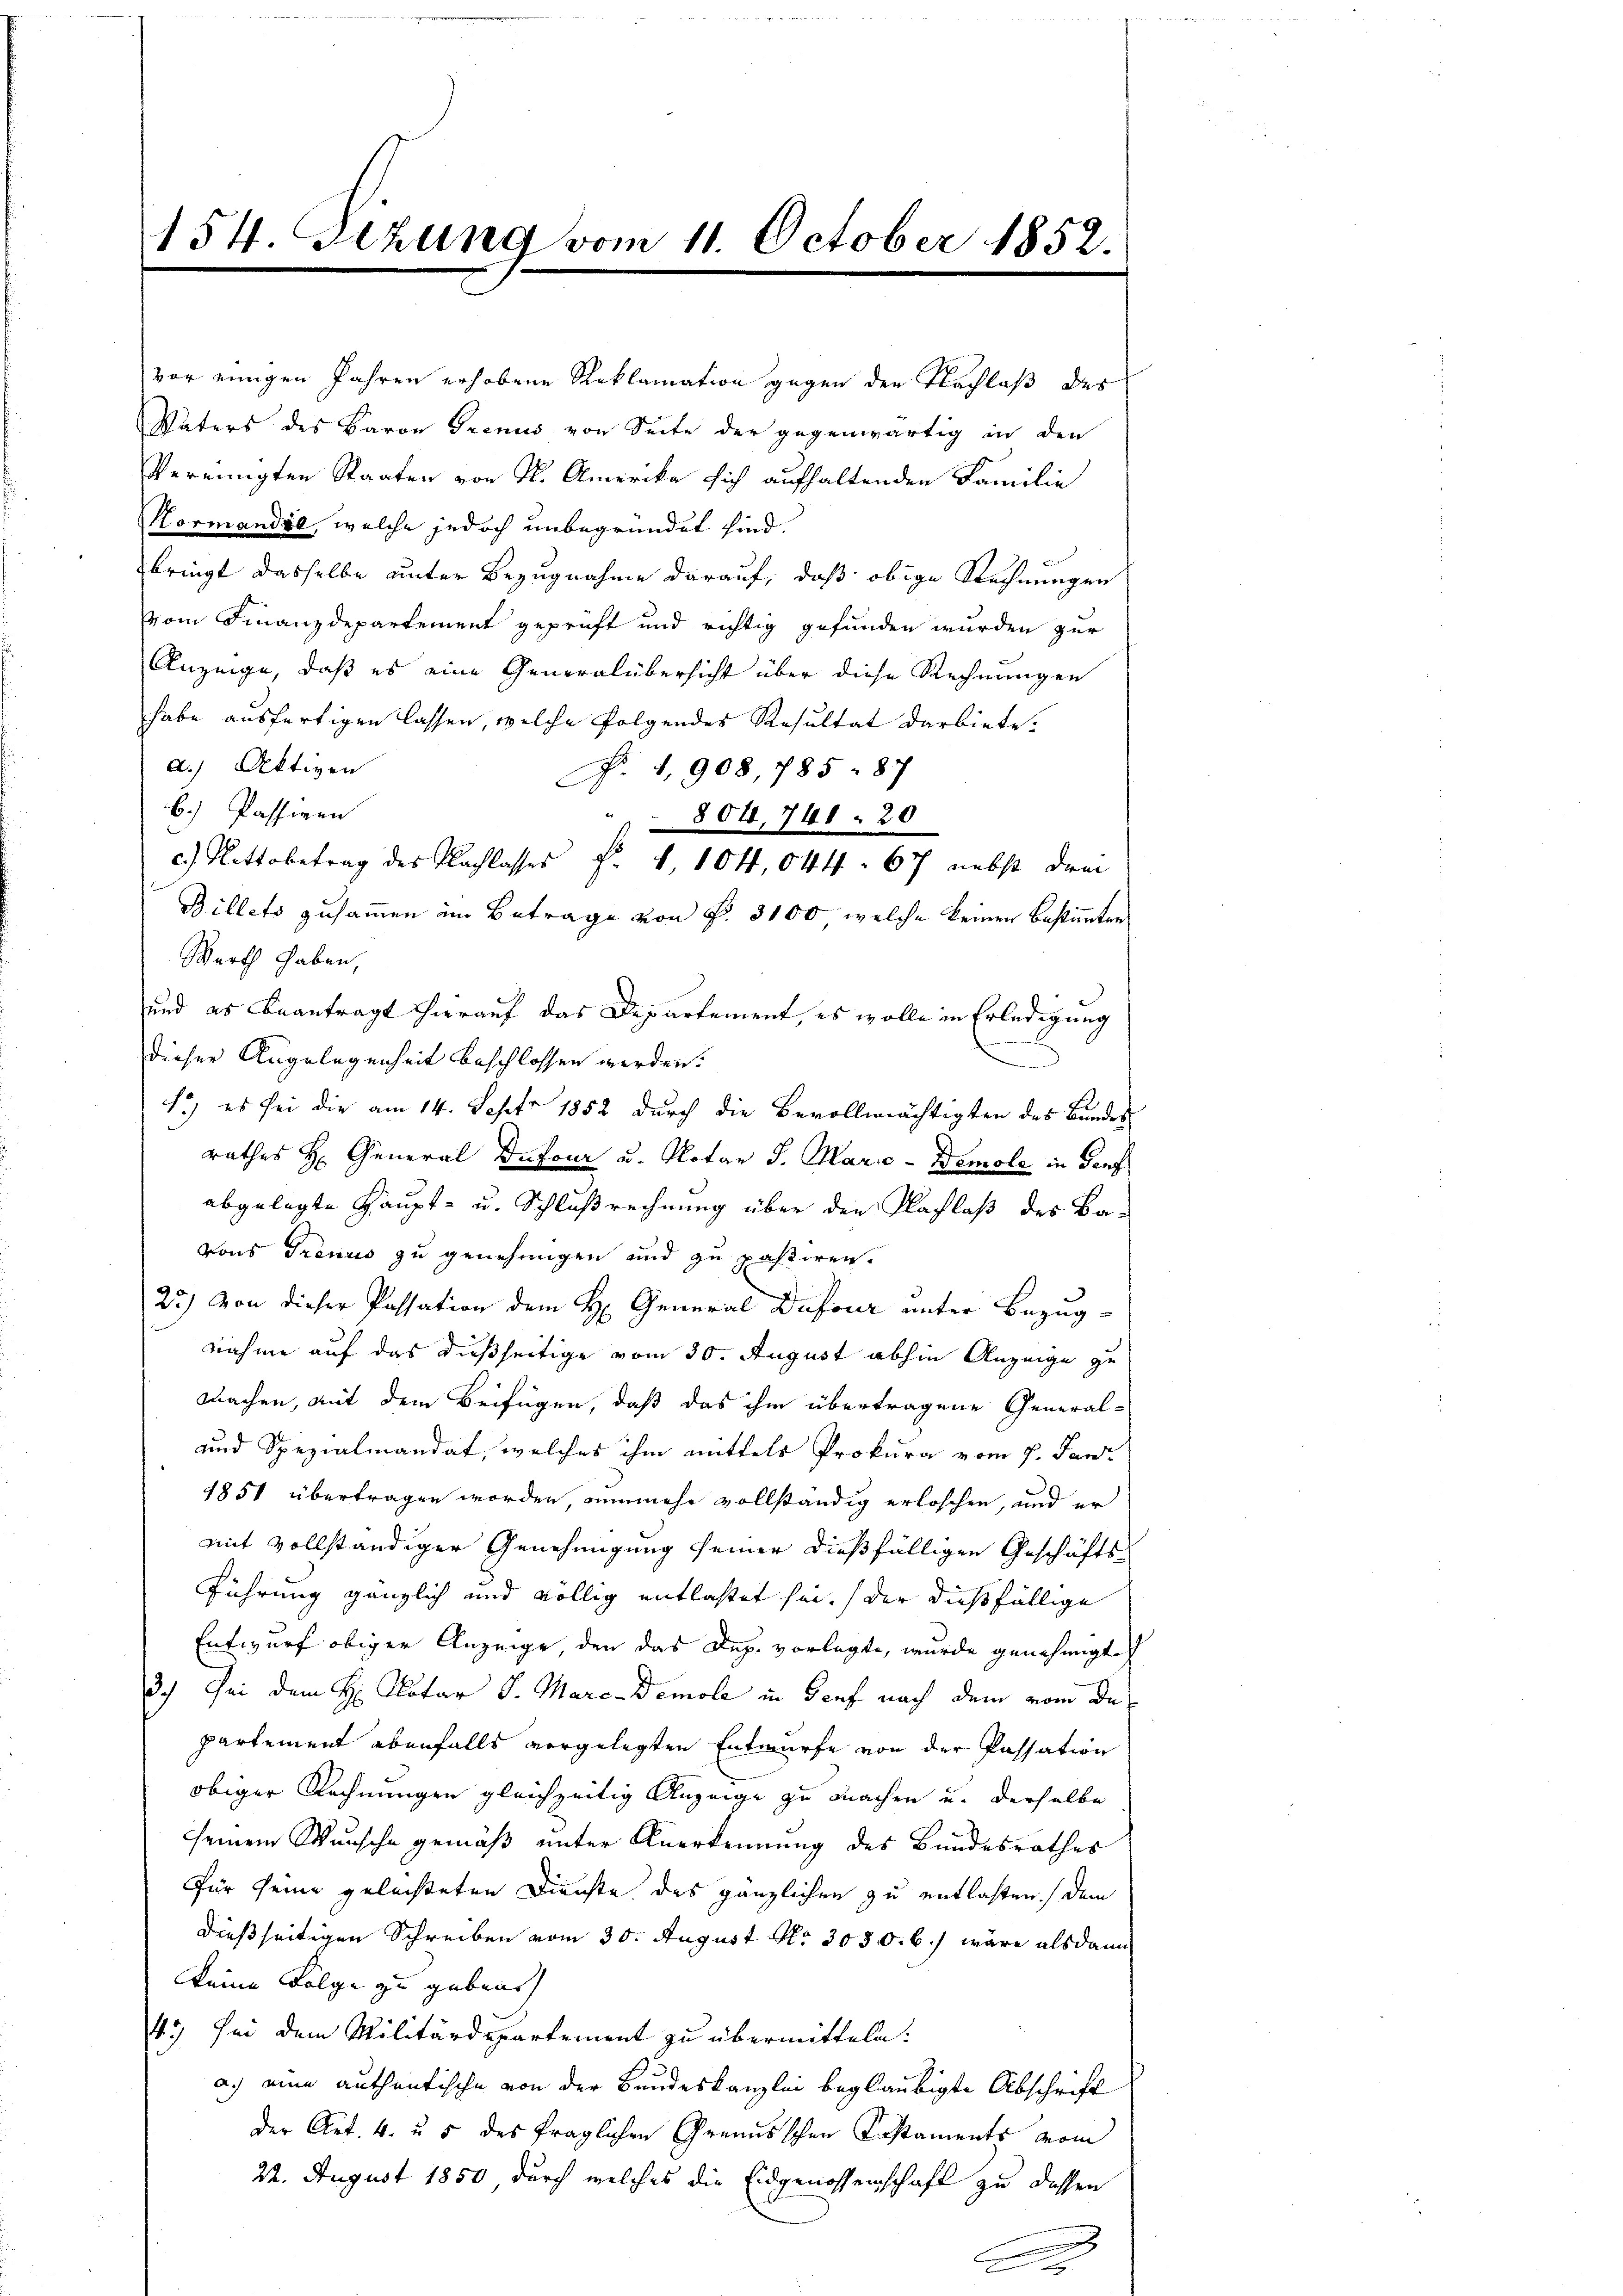
154. Setzung vom 11. October 1852.

vor einigen Jahren erhobene Reklamation gegen den Nachlaß des
Vaters des Baron Trenus von Seite der gegenwärtig in den
vereinigten Staaten von St. Amerika sich aufhaltenden Familie
Normandie, welche jedoch unbegründet sind.
bringt dasselbe unter Bezugnahme darauf, daß obige Rechnungen
vom Finanzdepartement geprüft und richtig gefunden wurden zur
Anzeige, daß es eine Generalübersicht über diese Rechnungen
habe ausfertigen lassen, welche folgendes Resultat darbiete.
a.) Aktiven
No. 1908, 785 = 87
b.) Passiven
 804. 741. 20
c Nettobetrag des Nachlasses F. V 104 044. 67 nebst drei
Billets zusammen im Betrage von P. 3100, welche keinen Bestimmten
Werth haben,
und es beantragt hierauf das Departement, es wolle in Erledigung
dieser Angelegenheit beschlossen werden.
1) es sei die am 14. Sept. 1852 durch die Bevollmächtigten des Bundes
rathes H. General Dufour u. Notar J. Marie - Demole in Genf
abgelegte Haupt- u. Schlußrechnung über den Nachlaß des Bavons Trenis zu genehmigen und zu passiren.
25) Von dieser Passation dem H. General Dufour unter Bezugnahme auf das dießseitige vom 30. August abhin Anzeige zu
machen, mit dem Beifügen, daß das ihm übertragene General-
und Spezialmandat, welches ihm mittels Prokura vom 7. Jani
1851 übertragen worden, nunmehr vollständig erloschen, und er
mit vollständiger Genehmigung seiner dießfälligen Geschäfts-
Führung gänzlich und völlig entlastet sei, der dießfällige
Entwurf obiger Anzeige, den das Dep. vorlegte, wurde genehmigt
3.) Sei dem H: Notar J. Mare-Demole in Genf nach dem vom Departement ebenfalls vorgelegten Entwurfe von der Passation
obiger Rechnungen gleichzeitig Anzeige zu machen u. derselbe
seinem Wunsche gemäß unter Anerkennung des Bundesrathes
Für seine geleisteten Dienste des gänzlichen zu entlassen) dem
dießseitigen Schreiben vom 30. August No. 3030. 6./ wäre alsdann
keine Folge zu gebens
4.) Sei dem Militärdepartement zu übermitteln.
a.) eine authentische von der Bundeskanzlei beglaubigte Abschrift
der Art. 4. u. 5 des fraglichen Grandsschen Testaments vom
22. August 1850 durch welches die Eidgenossenschaft zu dessen